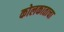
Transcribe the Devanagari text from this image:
कोलकाताचा